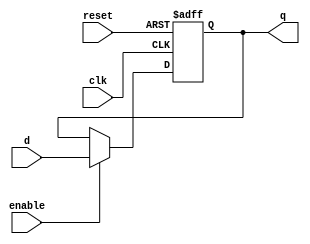
// n-bit DFFE
module n_bit_dffe(q, d, clk, enable, reset);
   
    parameter
        width = 1,
        reset_value = 0;

    output reg [(width - 1):0] q;
    input      [(width - 1):0]  d;
    input      clk, enable, reset;


    always@(posedge clk or posedge reset)
    begin
        if (reset == 1'b1)
        begin
            q <= reset_value;
        end
        else if (enable == 1'b1)
        begin
            q <= d;
        end
    end
endmodule // dffe